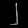
Digit: ၂